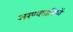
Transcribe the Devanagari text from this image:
अरण्यवासियों